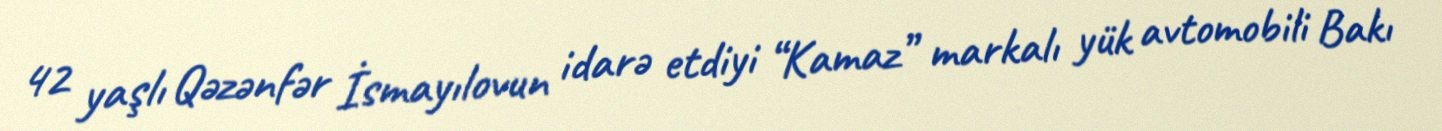
42 yaşlı Qəzənfər İsmayılovun idarə etdiyi “Kamaz” markalı yük avtomobili Bakı